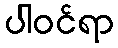
ပါဝင်ရာ